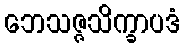
ဘေသဇ္ဇသိက္ခာပဒံ